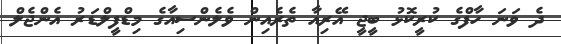
ދެ ވަނަ ހާފްގެ ކުރީކޮޅު ބީޖީ އޭރިއާ ތެރެއިން ވެލެންސިއާގެ މިޑްފީލްޑަރު އެންޖެލް